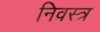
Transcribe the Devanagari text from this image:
निवस्त्र